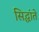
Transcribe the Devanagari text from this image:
सिद्धांते